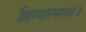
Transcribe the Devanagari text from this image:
क्रियात्मक।